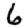
Digit: 6